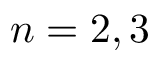
n = 2 , 3